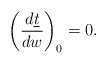
\begin{align*} \left(\frac{d\underline{t}}{dw}\right)_0=0.\end{align*}